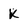
Character: k